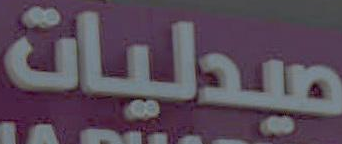
صيدليات